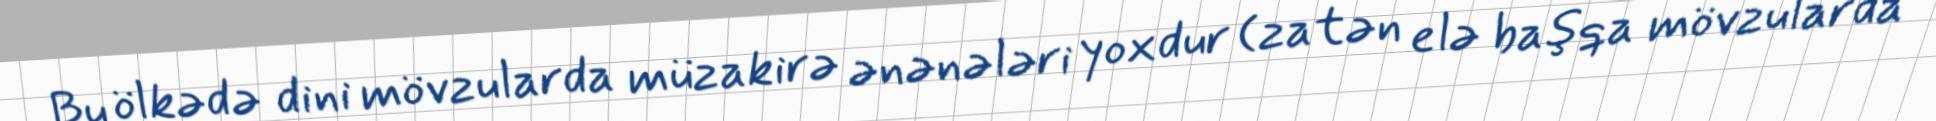
Bu ölkədə dini mövzularda müzakirə ənənələri yoxdur (zatən elə başqa mövzularda